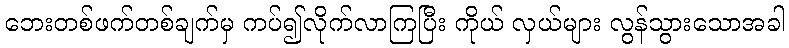
ဘေးတစ်ဖက်တစ်ချက်မှ ကပ်၍လိုက်လာကြပြီး ကိုယ် လှယ်များ လွန်သွားသောအခါ